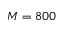
M = 8 0 0